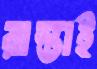
রাস্তাই